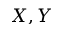
X , Y